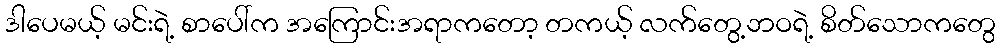
ဒါပေမယ့် မင်းရဲ့ စာပေါ်က အကြောင်းအရာကတော့ တကယ့် လက်တွေ့ဘဝရဲ့ စိတ်သောကတွေ